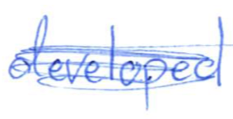
Text: developed
Cross-out: scratch
Writing tool: ballpoint